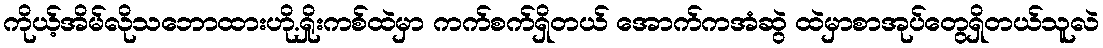
ကိုယ့်အိမ်လိုသဘောထားဟို.ရှိုးကစ်ထဲမှာ ကက်စက်ရှိတယ် အောက်ကအံဆွဲ ထဲမှာစာအုပ်တွေရှိတယ်သူလဲ